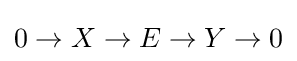
0\to X\to E\to Y\to 0